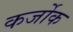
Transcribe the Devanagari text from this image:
कर्जोक